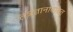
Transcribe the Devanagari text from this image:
तंत्रज्ञानाबाबत